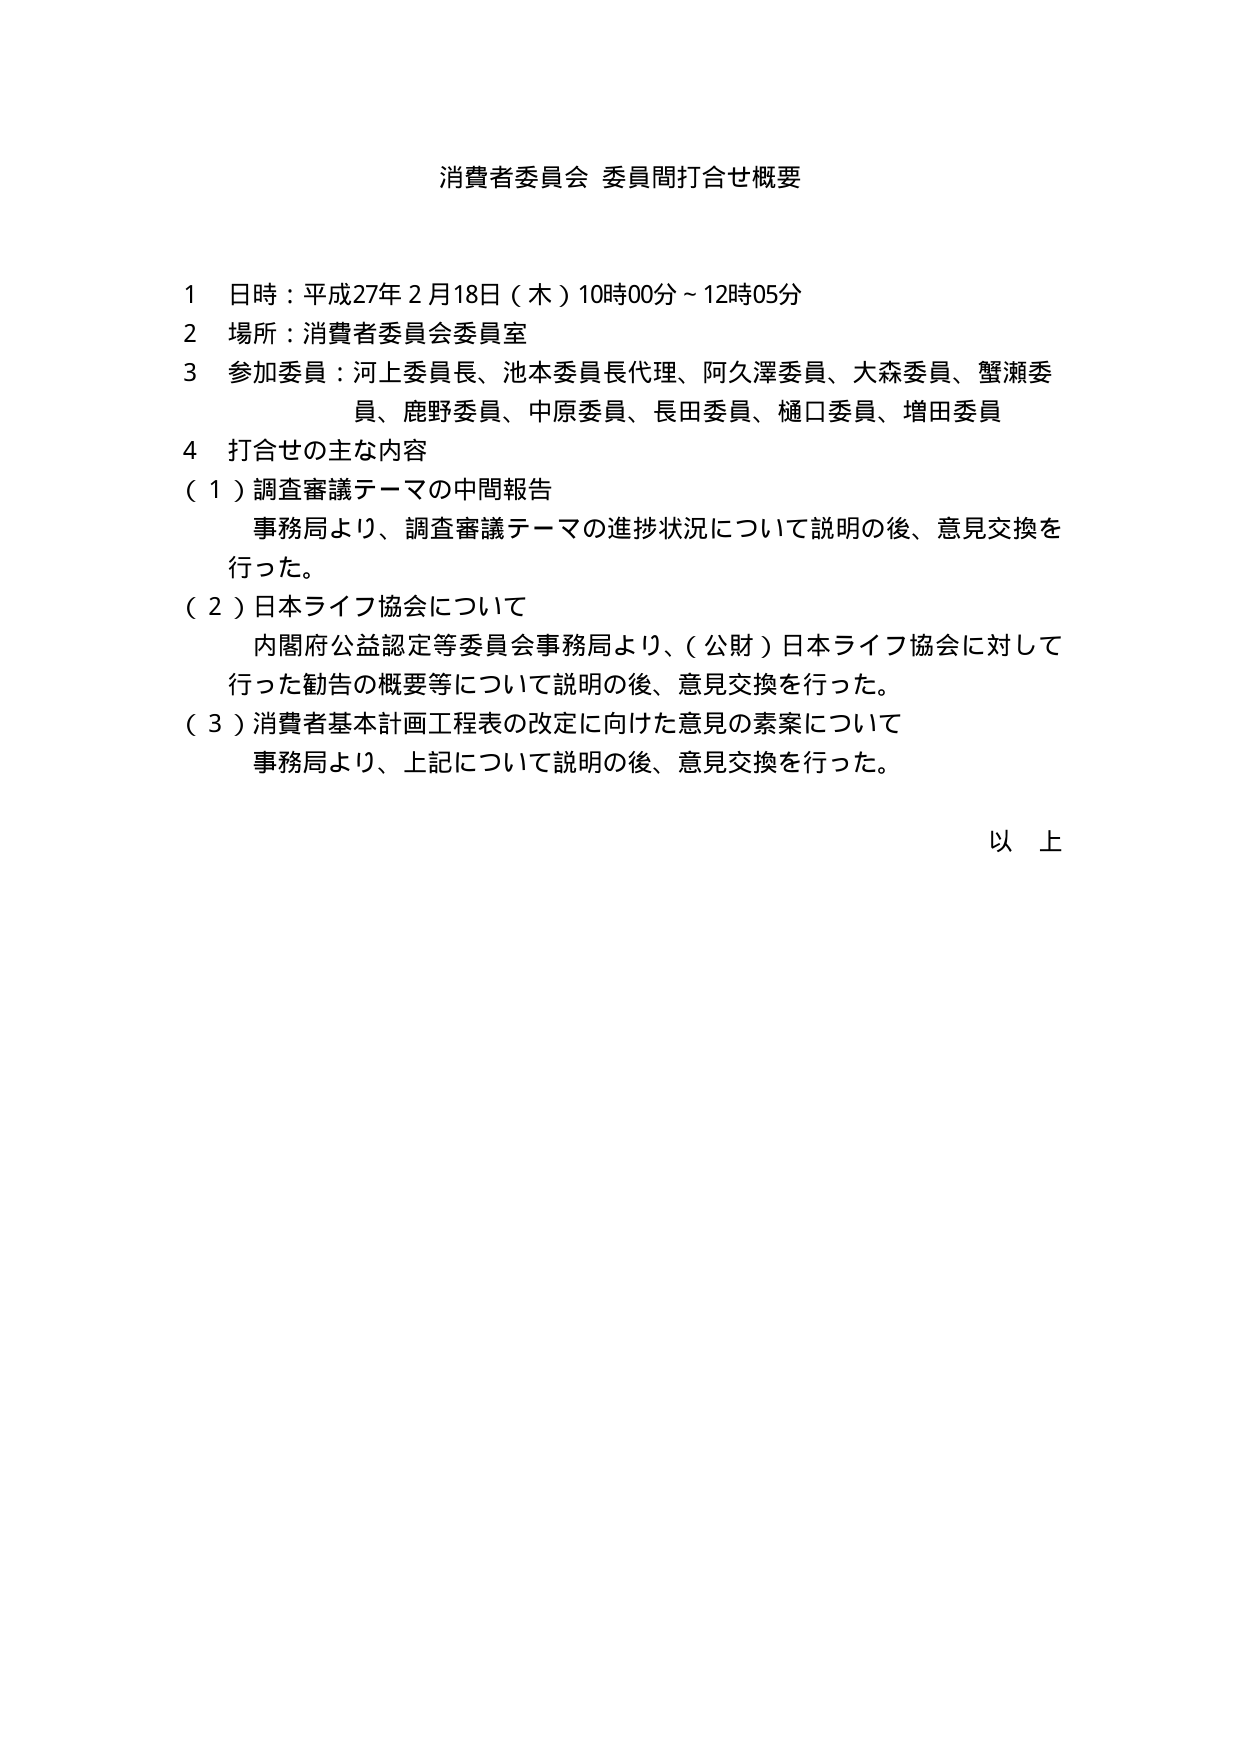
消費者委員会 委員間打合せ概要

1 日時：平成27年2月18日（木）10時00分～12時05分
2 場所：消費者委員会委員室
3 参加委員：河上委員長、池本委員長代理、阿久澤委員、大森委員、蟹瀬委員、鹿野委員、中原委員、長田委員、樋口委員、増田委員
4 打合せの主な内容
（1）調査審議テーマの中間報告
　事務局より、調査審議テーマの進捗状況について説明の後、意見交換を行った。
（2）日本ライフ協会について
　内閣府公益認定等委員会事務局より、（公財）日本ライフ協会に対して行った勧告の概要等について説明の後、意見交換を行った。
（3）消費者基本計画工程表の改定に向けた意見の素案について
　事務局より、上記について説明の後、意見交換を行った。

以上